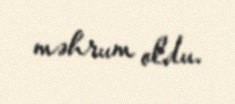
məhrum oldu.